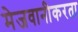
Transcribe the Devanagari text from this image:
मेजवानीकरता